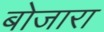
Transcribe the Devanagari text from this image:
बोजारा